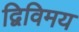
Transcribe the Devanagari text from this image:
द्विविमय